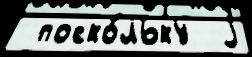
 поско́льку  j